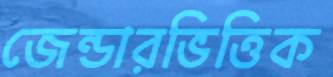
জেন্ডারভিত্তিক